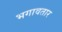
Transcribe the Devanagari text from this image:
भगावतार